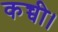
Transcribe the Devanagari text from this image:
कच्ची।